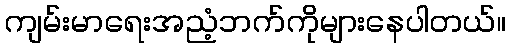
ကျမ်းမာရေးအညံ့ဘက်ကိုများနေပါတယ်။